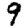
Digit: 9